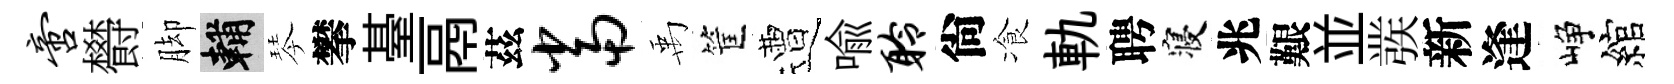
啻欎脚輔琴攀䑓鬲茲当禹筐遭喻聆尙飡軌聘寝兆艱並彂新逢峥綰